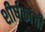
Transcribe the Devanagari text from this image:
शीर्षकांची